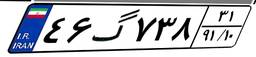
۴۶گ۷۳۸۳۱